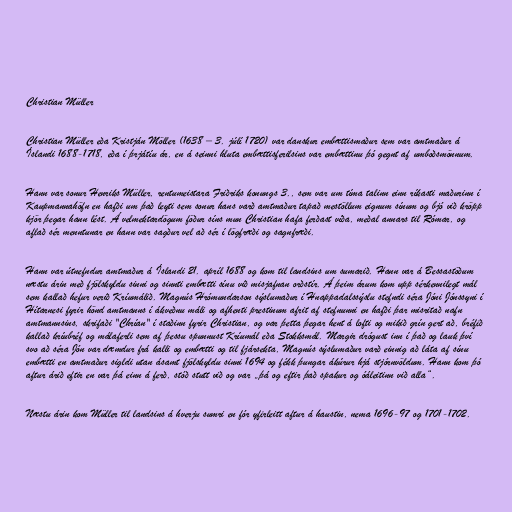
Christian Müller

Christian Müller eða Kristján Möller (1638 – 3. júlí 1720) var danskur embættismaður sem var amtmaður á
Íslandi 1688-1718, eða í þrjátíu ár, en á seinni hluta embættisferilsins var embættinu þó gegnt af umboðsmönnum.

Hann var sonur Henriks Müller, rentumeistara Friðriks konungs 3., sem var um tíma talinn einn ríkasti maðurinn í
Kaupmannahöfn en hafði um það leyti sem sonur hans varð amtmaður tapað mestöllum eignum sínum og bjó við kröpp
kjör þegar hann lést. Á velmektardögum föður síns mun Christian hafa ferðast víða, meðal annars til Rómar, og
aflað sér menntunar en hann var sagður vel að sér í lögfræði og sagnfræði.

Hann var útnefndur amtmaður á Íslandi 21. apríl 1688 og kom til landsins um sumarið. Hann var á Bessastöðum
næstu árin með fjölskyldu sinni og sinnti embætti sínu við misjafnan orðstír. Á þeim árum kom upp sérkennilegt mál
sem kallað hefur verið Kríumálið. Magnús Hrómundarson sýslumaður í Hnappadalssýslu stefndi séra Jóni Jónssyni í
Hítarnesi fyrir hönd amtmanns í ákveðnu máli og afhenti prestinum afrit af stefnunni en hafði þar misritað nafn
amtmannsins, skrifaði "Chrían" í staðinn fyrir Christian, og var þetta þegar hent á lofti og mikið grín gert að, bréfið
kallað kríubréf og málaferli sem af þessu spunnust Kríumál eða Stokksmál. Margir drógust inn í það og lauk því
svo að séra Jón var dæmdur frá kalli og embætti og til fjársekta, Magnús sýslumaður varð einnig að láta af sínu
embætti en amtmaður sigldi utan ásamt fjölskyldu sinni 1694 og fékk þungar ákúrur hjá stjórnvöldum. Hann kom þó
aftur árið eftir en var þá einn á ferð, stóð stutt við og var „þá og eftir það spakur og óáleitinn við alla“.

Næstu árin kom Müller til landsins á hverju sumri en fór yfirleitt aftur á haustin, nema 1696-97 og 1701-1702.